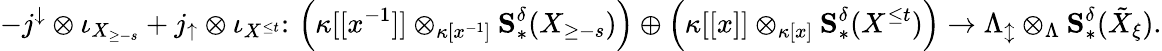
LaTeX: -j^{\downarrow}\otimes\iota_{X_{\geq-s}}+j_{\uparrow}\otimes\iota_{X^{\leq t}}\colon\thinspace\left(\kappa[[x^{-1}]]\otimes_{\kappa[x^{-1}]}\mathbf{S}_{*}^{\delta}(X_{\geq-s})\right)\oplus\left(\kappa[[x]]\otimes_{\kappa[x]}\mathbf{S}_{*}^{\delta}(X^{\leq t})\right)\to\Lambda_{\updownarrow}\otimes_{\Lambda}\mathbf{S}_{*}^{\delta}(\tilde{X}_{\xi}).